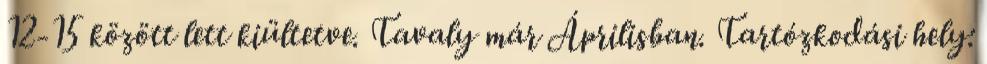
12-15 között lett kiültetve. Tavaly már Áprilisban. Tartózkodási hely: